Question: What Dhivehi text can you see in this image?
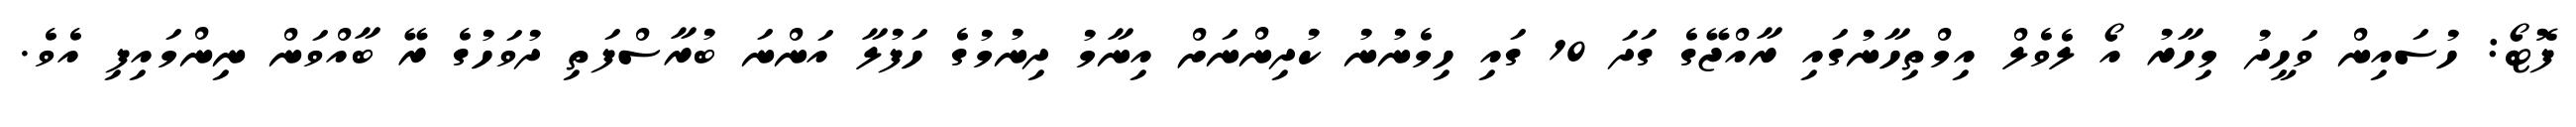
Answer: ފޮޓޯ: ހުސައިން ވަހީދު މިހާރު އޯ ލެވެލް އިމްތިހާނުގައި ރާއްޖޭގެ ގަދަ 10 ގައި ހިމެނުނު ކުދިންނަށް އިނާމު ދިނުމުގެ ހަފުލާ އަންނަ ބުރާސްފަތި ދުވަހުގެ ރޭ ބާއްވަން ނިންމައިފި އެވެ.